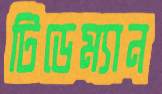
টিডেম্যান